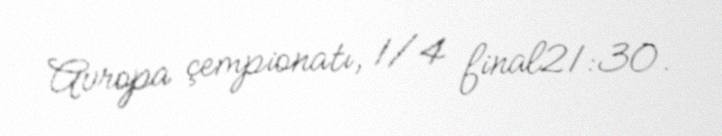
Avropa çempionatı, 1/4 final21:30.